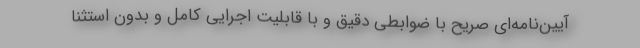
آیین‌نامه‌ای صریح با ضوابطی دقیق و با قابلیت اجرایی کامل و بدون استثنا